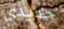
حديدي